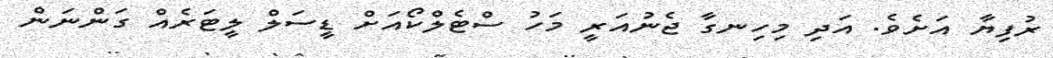
ރުފިޔާ އަށެވެ. އަދި މިހިނގާ ޖެނުއަރީ މަހު ސްޓެލްކޯއަށް ޑީސަލް ލީޓަރެއް ގަންނަން